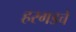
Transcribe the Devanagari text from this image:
हरगडचे